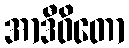
အာဒီဝိတော